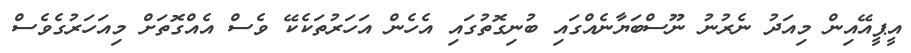
އީޕީއޭއިން މިއަދު ނެރުނު ނޫސްބަޔާނެއްގައި ބުނިގޮތުގައި އެހެން އަހަރުތަކެކޭ ވެސް އެއްގޮތަށް މިއަހަރުގެވެސް